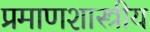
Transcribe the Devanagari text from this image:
प्रमाणशास्त्रीय